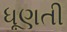
ધૂણતી